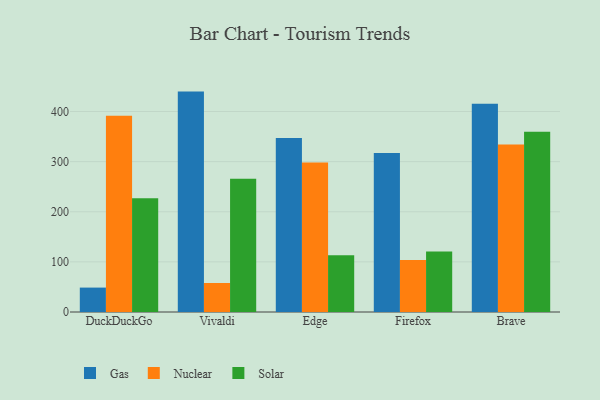
{"axis": {"x": "Browser", "y": "Website Visitors"}, "legend": ["Gas", "Nuclear", "Solar"], "data": [{"x": "DuckDuckGo", "y": 48.7, "type": "Gas"}, {"x": "DuckDuckGo", "y": 391.6, "type": "Nuclear"}, {"x": "DuckDuckGo", "y": 227.1, "type": "Solar"}, {"x": "Vivaldi", "y": 439.7, "type": "Gas"}, {"x": "Vivaldi", "y": 57.9, "type": "Nuclear"}, {"x": "Vivaldi", "y": 265.7, "type": "Solar"}, {"x": "Edge", "y": 347.1, "type": "Gas"}, {"x": "Edge", "y": 298.3, "type": "Nuclear"}, {"x": "Edge", "y": 113.1, "type": "Solar"}, {"x": "Firefox", "y": 317.4, "type": "Gas"}, {"x": "Firefox", "y": 103.7, "type": "Nuclear"}, {"x": "Firefox", "y": 120.6, "type": "Solar"}, {"x": "Brave", "y": 415.7, "type": "Gas"}, {"x": "Brave", "y": 334.4, "type": "Nuclear"}, {"x": "Brave", "y": 359.8, "type": "Solar"}]}